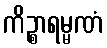
ကိဉ္စာရမ္မဏံ